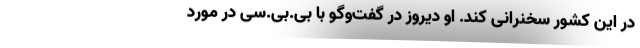
در این کشور سخنرانی کند. او دیروز در گفت‌وگو با بی‌.بی‌.سی در مورد